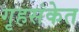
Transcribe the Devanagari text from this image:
गृहसंकेत